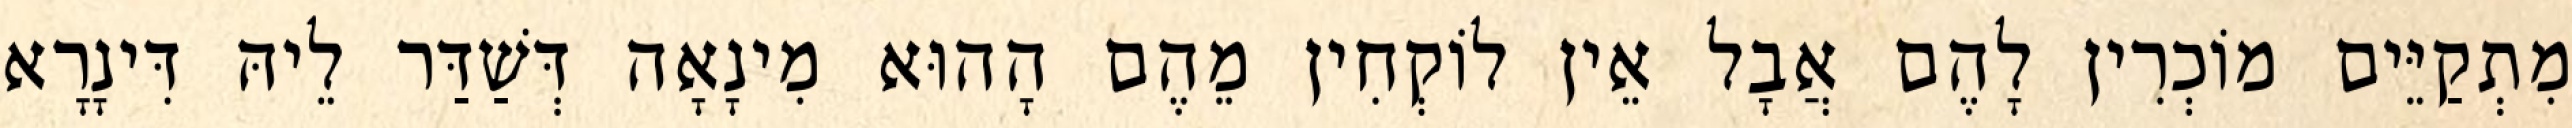
מִתְקַיֵּים מוֹכְרִין לָהֶם אֲבָל אֵין לוֹקְחִין מֵהֶם הָהוּא מִינָאָה דְּשַׁדַּר לֵיהּ דִּינָרָא